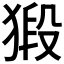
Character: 𭸞